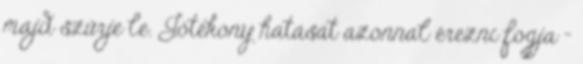
majd szűrje le. Jótékony hatását azonnal érezni fogja -